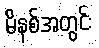
မိနစ်အတွင်း